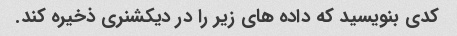
کدی بنویسید که داده های زیر را در دیکشنری ذخیره کند.